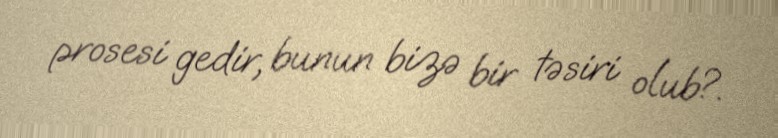
prosesi gedir, bunun bizə bir təsiri olub?.